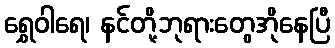
ရွှေဝါရေ၊ နင်တို့ဘုရားတွေအိုနေပြီ